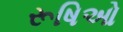
રૂષિઓ